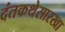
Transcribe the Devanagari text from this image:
दंतकथेसारखा